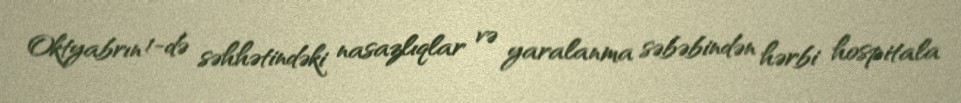
Oktyabrın 1-də səhhətindəki nasazlıqlar və yaralanma səbəbindən hərbi hospitala